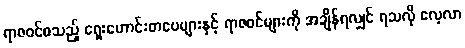
ရာဇဝင်စသည့် ရှေးဟောင်းစာပေများနှင့် ရာဇဝင်များကို အချိန်ရလျှင် ရသလို လေ့လာ